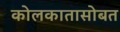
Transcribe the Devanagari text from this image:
कोलकातासोबत